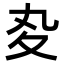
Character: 𡕞